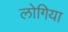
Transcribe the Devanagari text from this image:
लोगिया